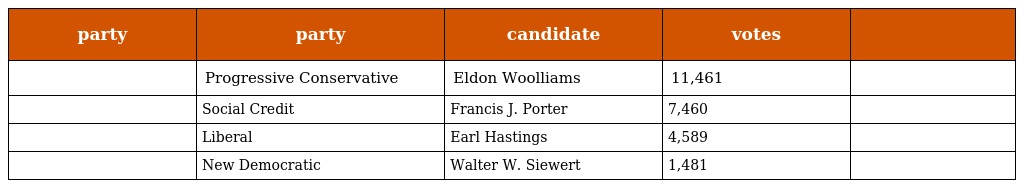
| party | party | candidate | votes |  |
 | --- | --- | --- | --- | --- |
 |  | Progressive Conservative | Eldon Woolliams | 11,461 |  |
 |  | Social Credit | Francis J. Porter | 7,460 |  |
 |  | Liberal | Earl Hastings | 4,589 |  |
 |  | New Democratic | Walter W. Siewert | 1,481 |  |